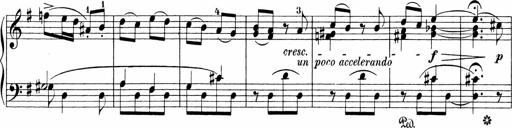
Title: 3 Sonatinas
Composer: Carl Reinecke